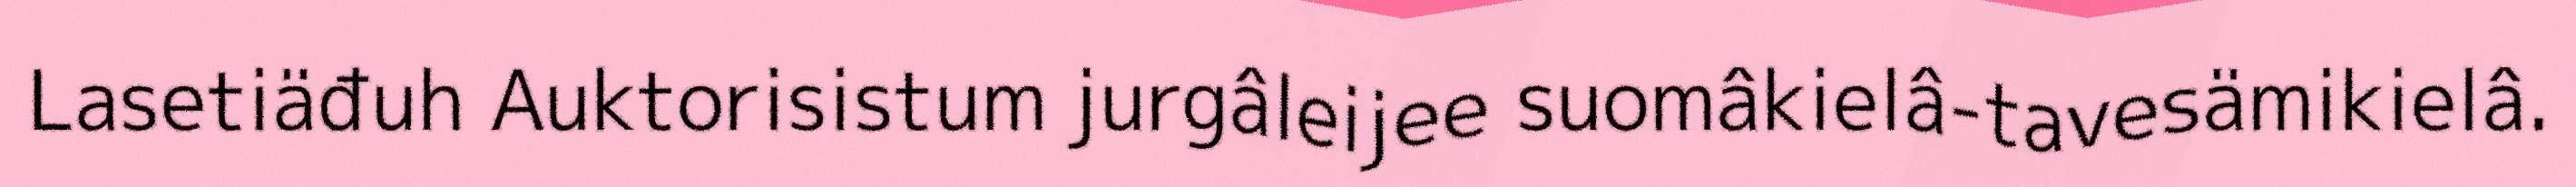
Lasetiäđuh Auktorisistum jurgâleijee suomâkielâ-tavesämikielâ.